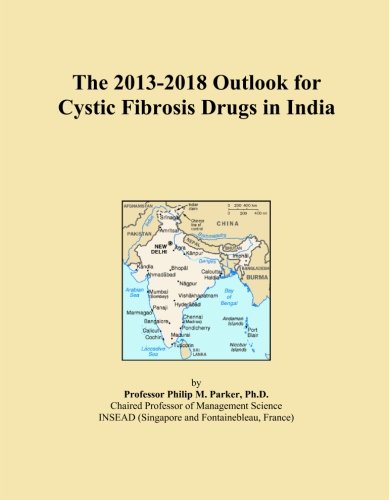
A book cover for The 2013-2018 Outlook for Cystic Fibrosis Drugs in India; Icon Group International; Health, Fitness & Dieting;